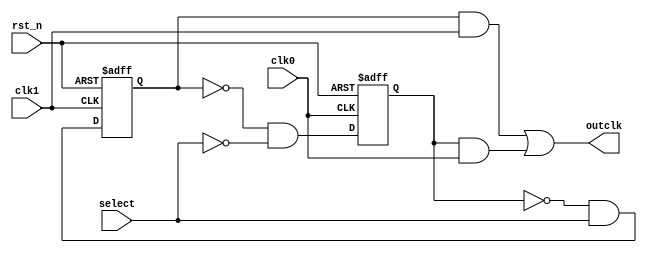
`timescale 1ns / 1ps
//////////////////////////////////////////////////////////////////////////////////
// Company: 
// Engineer: 
// 
// Design Name: 
// Module Name: test49
// Project Name: 
// Target Devices: 
// Tool Versions: 
// Description: 
// 
// Dependencies: 
// 
// Revision:
// Revision 0.01 - File Created
// Additional Comments:
// 
//////////////////////////////////////////////////////////////////////////////////


module clk_switch(
    input                   clk0        ,
    input                   clk1        ,
    input                   rst_n       ,
    input                   select      ,
    output                  outclk      
    );

    // assign outclk = select ? clk1 : clk0;
    //assign outclk = (clk1 & select) | (~select & clk0);

reg out0;
reg out1;

always @(negedge clk1 or negedge rst_n) begin
    if (!rst_n) begin
        out1 <= 1'b0;
    end else begin
        out1 <= ~out0 & select;
    end
end

always @(negedge clk0 or negedge rst_n) begin
    if (!rst_n) begin
        out0 <= 1'b0;
    end else begin
        out0 <= ~out1 & ~select;
    end
end

assign outclk = (out1 & clk1) | (out0 & clk0);

/* reg     out_r1;
reg     out1;
reg     out_r0;
reg     out0;
 
 always @(posedge clk1 or negedge rst_n)begin
     if(rst_n == 1'b0)begin
         out_r1 <= 0;
     end
     else begin
         out_r1 <= ~out0 & select;
     end
 end
 
 always @(negedge clk1 or negedge rst_n)begin
     if(rst_n == 1'b0)begin
         out1 <= 0;
     end
     else begin
         out1 <= out_r1;
     end
 end
 
 always @(posedge clk0 or negedge rst_n)begin
     if(rst_n == 1'b0)begin
         out_r0 <= 0;
     end
     else begin
         out_r0 <= ~select & ~out1;
     end
 end
 
 always @(negedge clk0 or negedge rst_n)begin
     if(rst_n == 1'b0)begin
         out0 <= 0;
     end
     else begin
         out0 <= out_r0;
     end
 end
 
 assign outclk = (out1 & clk1) | (out0 & clk0); */
endmodule